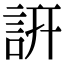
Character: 訮